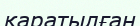
қаратылған